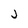
Character: j